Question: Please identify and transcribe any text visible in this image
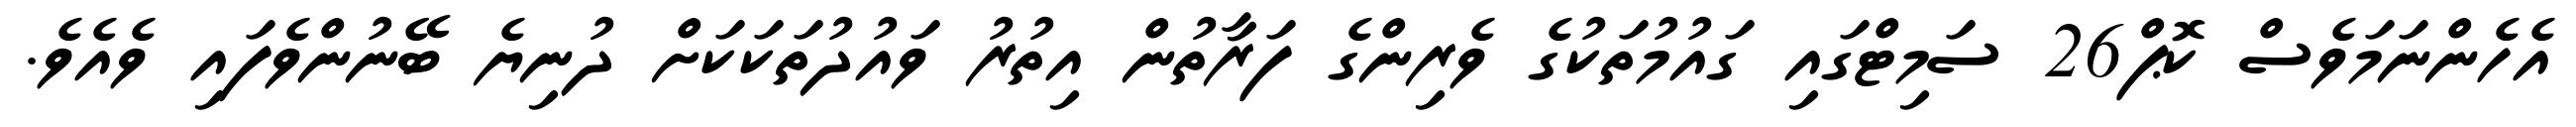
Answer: އެހެންނަމަވެސް ކޮޕް26 ސަމިޓްގައި ގައުމުތަކުގެ ވެރިންގެ ފަރާތުން އިތުރު ވައުދުތަކަކަށް ދުނިޔެ ބޭނުންވެފައި ވެއެވެ.